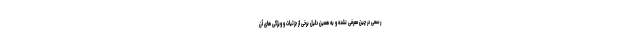
رسمی در چین معرفی نشده و به همین دلیل برخی از جزئیات و ویژگی های آن